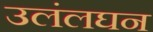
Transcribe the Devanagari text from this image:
उलंलघन